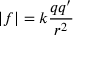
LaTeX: | f | = k \frac { q q ^ { \prime } } { r ^ { 2 } }